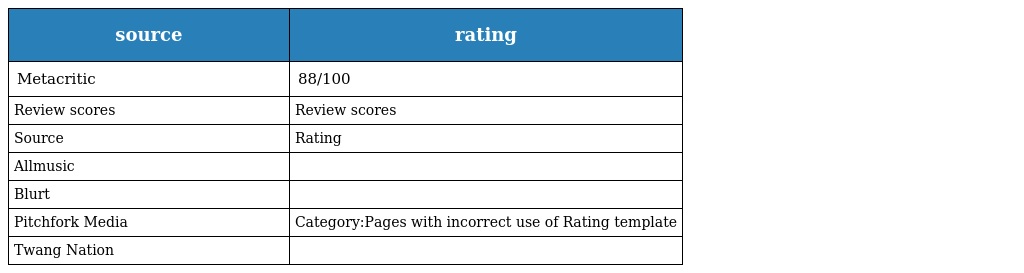
| source | rating |
 | --- | --- |
 | Metacritic | 88/100 |
 | Review scores | Review scores |
 | Source | Rating |
 | Allmusic |  |
 | Blurt |  |
 | Pitchfork Media | Category:Pages with incorrect use of Rating template |
 | Twang Nation |  |